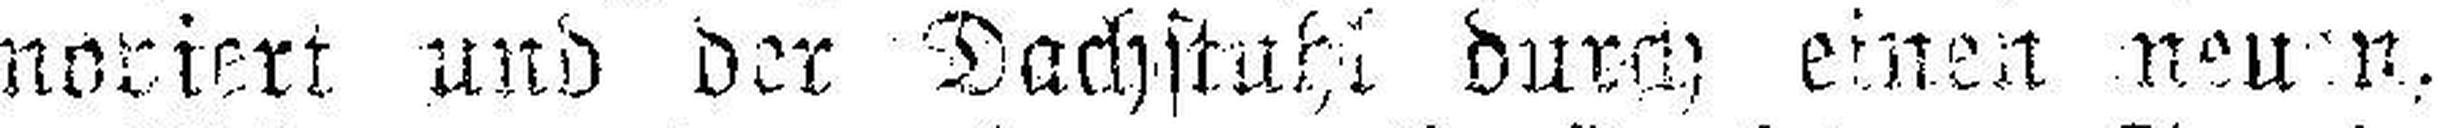
noriert und der Dachstuhl durch einen neuen,